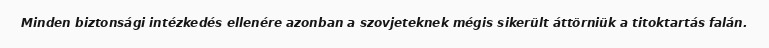
Minden biztonsági intézkedés ellenére azonban a szovjeteknek mégis sikerült áttörniük a titoktartás falán.